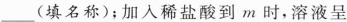
___(填名称);加入稀盐酸到m时，溶液呈